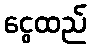
ငွေထည်